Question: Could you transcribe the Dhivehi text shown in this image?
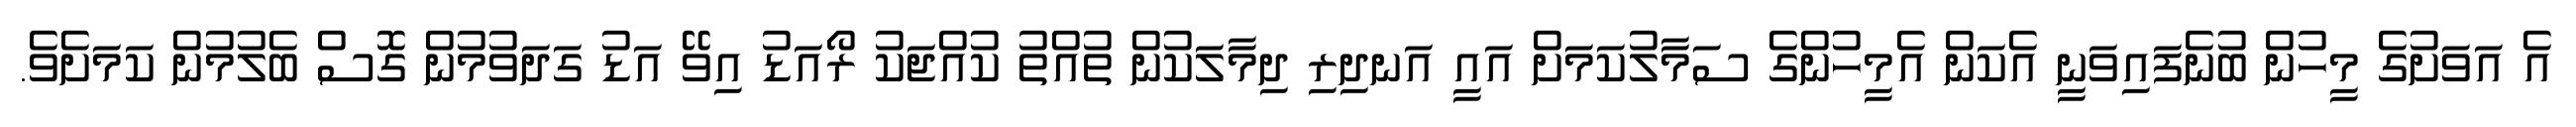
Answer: އެ އަވަށުގެ މީހުން ބުނެފައިވަނީ އެކަން އެމީހުންގެ ސަމާލުކަމަށް އައީ އަނދިރި ދިމާލަކުން ތުއްތު ކުއްޖަކު ރޯއަޑު އިވޭ އަޑު ގަދަވުމުން ގޮސް ބެލުމުން ކަމަށެވެ.